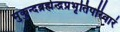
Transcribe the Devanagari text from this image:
मुकुन्दब्रह्मेन्द्रप्रभृतिपरिवारं